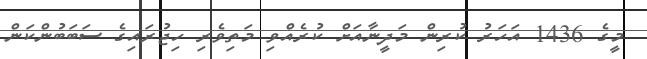
މީގެ 1436 އަހަރު ކުރިން މަދީނާއަށް ކުރެއްވި މަތިވެރި ހިޖުރައިގެ ސަބަބުންކަން